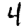
Digit: 4